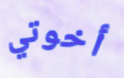
أخوتي